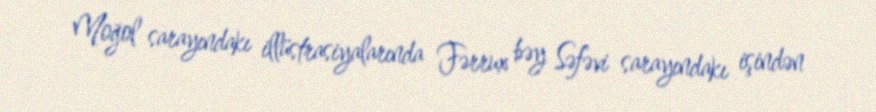
Moğol sarayındakı illüstrasiyalarında Fərrux bəy Səfəvi sarayındakı işindən